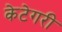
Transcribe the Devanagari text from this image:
केटेगरी